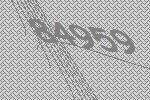
84959